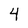
Character: 4